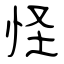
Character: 怪